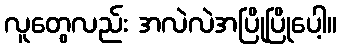
လူတွေလည်း အလဲလဲအပြိုပြိုပေါ့။